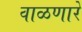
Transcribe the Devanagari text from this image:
वाळणारे